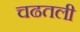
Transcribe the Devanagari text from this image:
चढतली